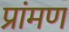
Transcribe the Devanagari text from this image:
प्रांमण